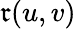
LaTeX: \mathfrak{r}(u,v)